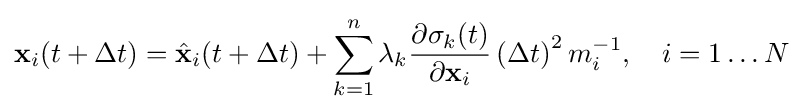
\mathbf {x} _{i}(t+\Delta t)={\hat {\mathbf {x} }}_{i}(t+\Delta t)+\sum _{k=1}^{n}\lambda _{k}{\frac {\partial \sigma _{k}(t)}{\partial \mathbf {x} _{i}}}\left(\Delta t\right)^{2}m_{i}^{-1},\quad i=1\ldots N